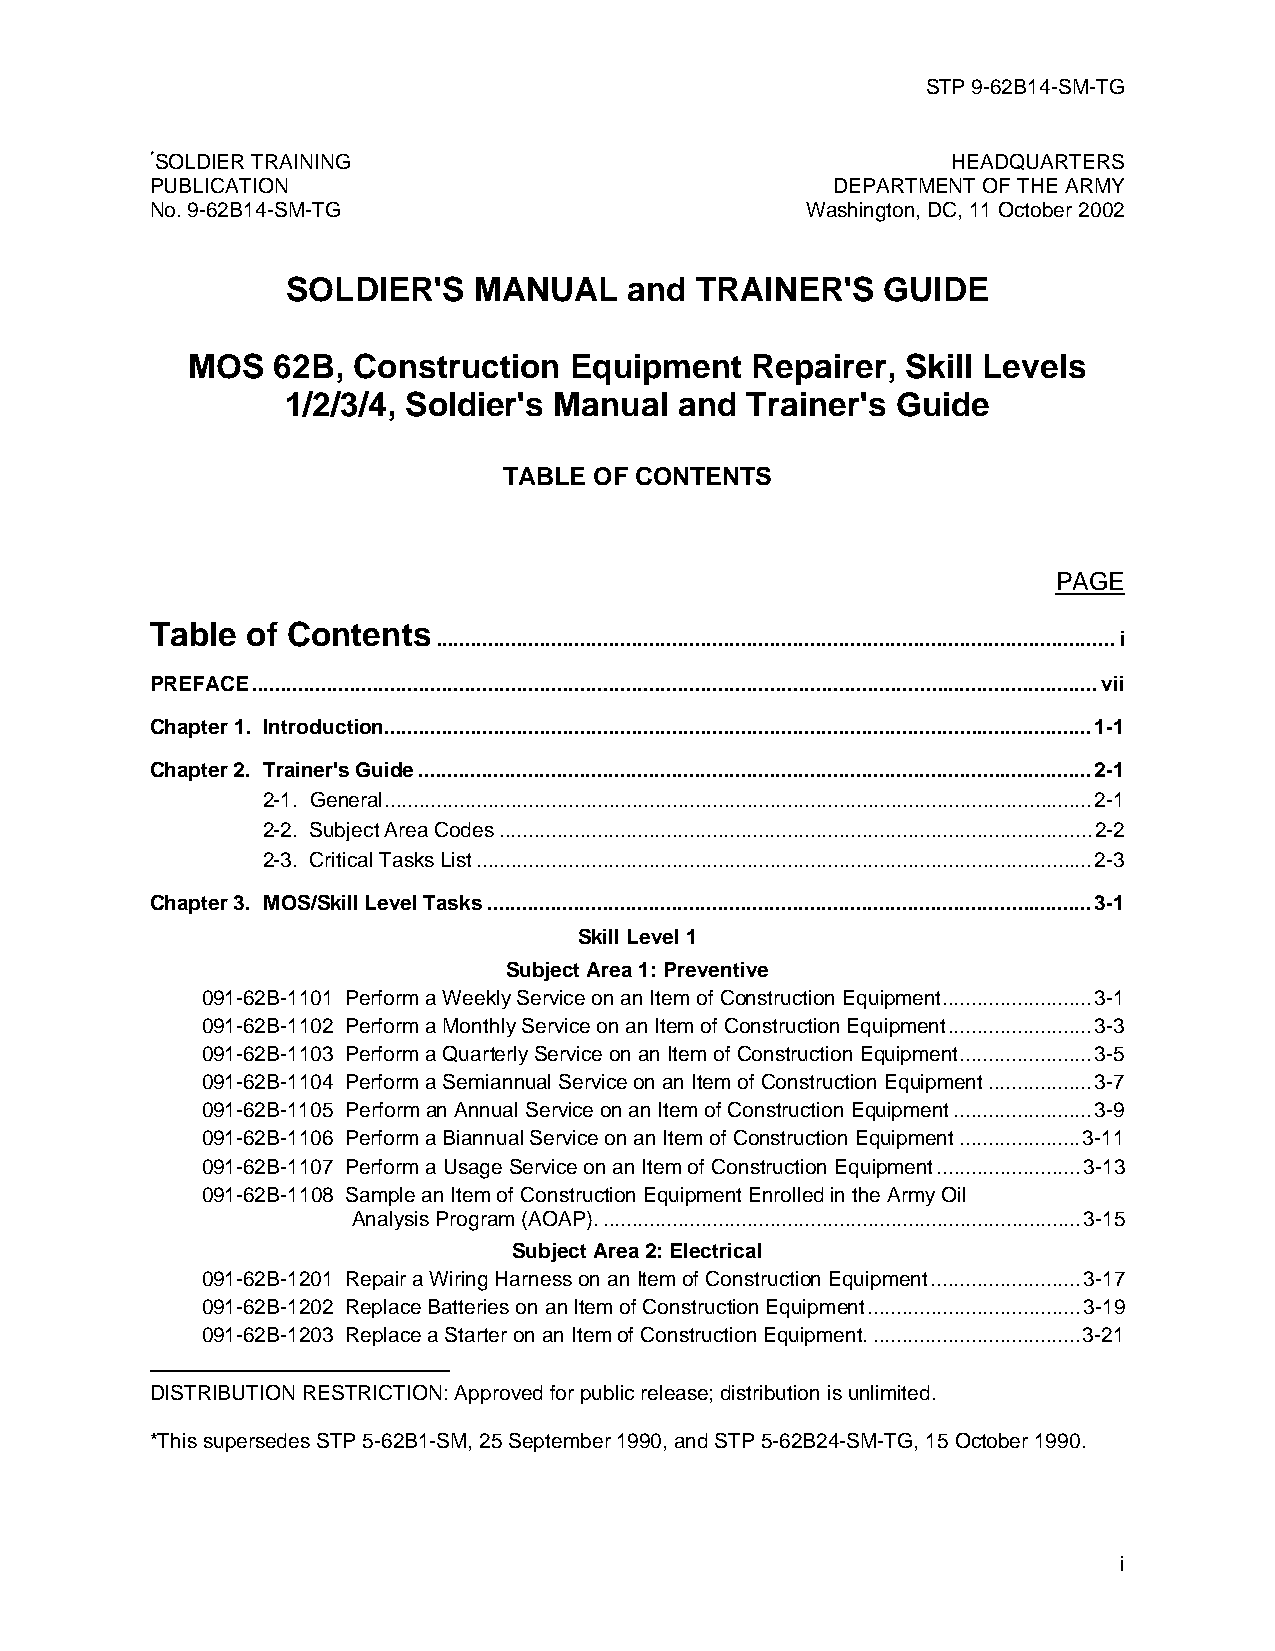
STP 9-62B14-SM-TG
 *SOLDIER TRAINING                                    HEADQUARTERS
 PUBLICATION                                  DEPARTMENT OF THE ARMY
 No. 9-62B14-SM-TG                          Washington, DC, 11 October 2002
 SOLDIER'S   MANUAL     and TRAINER'S   GUIDE
 MOS   62B, Construction   Equipment   Repairer, Skill Levels
 1/2/3/4, Soldier's Manual and Trainer's Guide
 TABLE OF CONTENTS
 PAGE
 Table of Contents
 ......................................................................................................................i
 PREFACE...................................................................................................................................................vii
 Chapter 1. Introduction...........................................................................................................................1-1
 Chapter 2. Trainer's Guide.....................................................................................................................2-1
 2-1. General...........................................................................................................................2-1
 2-2. Subject Area Codes.......................................................................................................2-2
 2-3. Critical Tasks List...........................................................................................................2-3
 Chapter 3. MOS/Skill Level Tasks.........................................................................................................3-1
 Skill Level 1
 Subject Area 1: Preventive
 091-62B-1101 Perform a Weekly Service on an Item of Construction Equipment..........................3-1
 091-62B-1102 Perform a Monthly Service on an Item of Construction Equipment.........................3-3
 091-62B-1103 Perform a Quarterly Service on an Item of Construction Equipment.......................3-5
 091-62B-1104 Perform a Semiannual Service on an Item of Construction Equipment..................3-7
 091-62B-1105 Perform an Annual Service on an Item of Construction Equipment........................3-9
 091-62B-1106 Perform a Biannual Service on an Item of Construction Equipment.....................3-11
 091-62B-1107 Perform a Usage Service on an Item of Construction Equipment.........................3-13
 091-62B-1108 Sample an Item of Construction Equipment Enrolled in the Army Oil
 Analysis Program (AOAP)....................................................................................3-15
 Subject Area 2: Electrical
 091-62B-1201 Repair a Wiring Harness on an Item of Construction Equipment..........................3-17
 091-62B-1202 Replace Batteries on an Item of Construction Equipment.....................................3-19
 091-62B-1203 Replace a Starter on an Item of Construction Equipment.....................................3-21
 DISTRIBUTION RESTRICTION: Approved for public release; distribution is unlimited.
 *This supersedes STP 5-62B1-SM, 25 September 1990, and STP 5-62B24-SM-TG, 15 October 1990.
 i